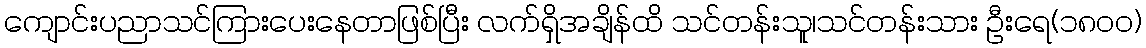
ကျောင်းပညာသင်ကြားပေးနေတာဖြစ်ပြီး လက်ရှိအချိန်ထိ သင်တန်းသူ၊သင်တန်းသား ဦးရေ(၁၈၀၀)